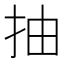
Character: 抽